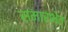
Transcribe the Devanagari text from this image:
समारभेत्